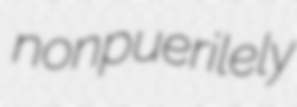
nonpuerilely